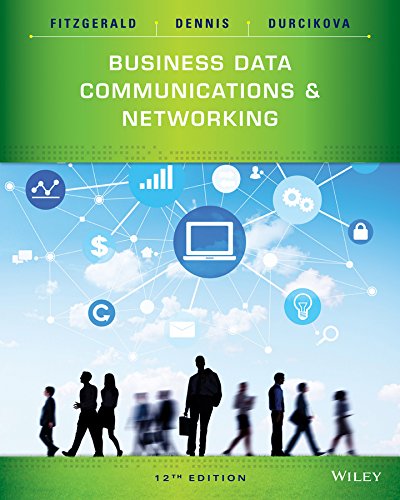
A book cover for Business Data Communications and Networking; Jerry FitzGerald; Engineering & Transportation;